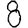
Digit: 8